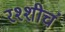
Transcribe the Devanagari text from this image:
रश्शीचं